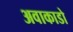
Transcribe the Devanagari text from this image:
अवाकाडो